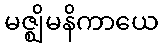
မဇ္ဈိမနိကာယေ